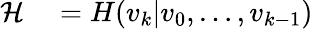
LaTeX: \begin{array}{rl}{{\mathcal{H}}}&{{}=H(v_{k}|v_{0},\ldots,v_{k-1})}\end{array}